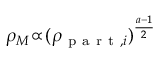
\rho _ { M } \! \propto \! ( \rho _ { \mathrm { ~ p ~ a ~ r ~ t ~ } , i } ) ^ { \frac { a - 1 } { 2 } }